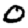
Digit: 0